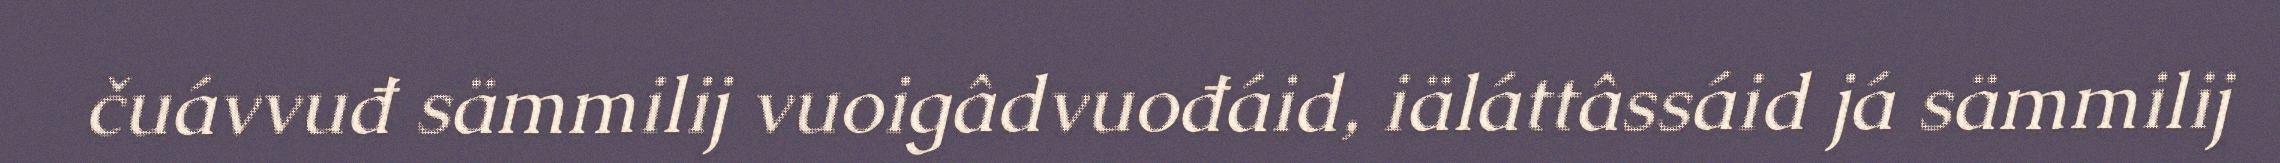
čuávvuđ sämmilij vuoigâdvuođáid, iäláttâssáid já sämmilij